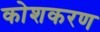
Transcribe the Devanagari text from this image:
कोशकरण